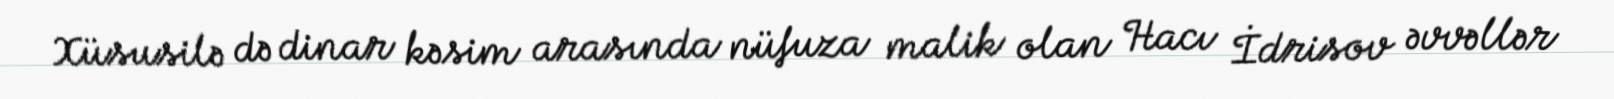
Xüsusilə də dinar kəsim arasında nüfuza malik olan Hacı İdrisov əvvəllər